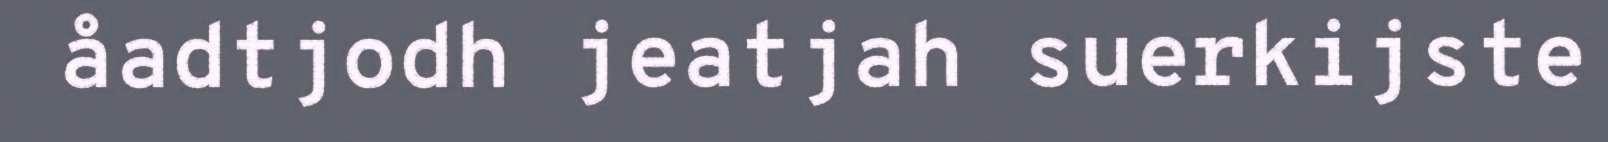
åadtjodh jeatjah suerkijste